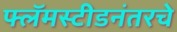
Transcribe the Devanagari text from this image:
फ्लॅमस्टीडनंतरचे